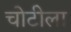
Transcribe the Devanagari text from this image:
चोटीला